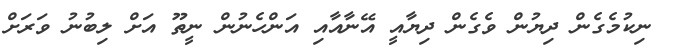
ނިކުމެގެން ދިޔުން ވެގެން ދިޔާއީ އޭނާއާއި އަންހެނުން ނީތޫ އަށް ލިބުނު ވަރަށް